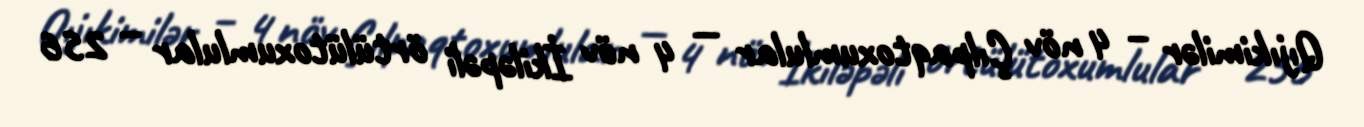
Qıjıkimilər – 4 növ Çılpaqtoxumlular — 4 növ İkiləpəli örtülütoxumlular – 256